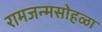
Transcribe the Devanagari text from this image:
रामजन्मसोहळा